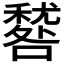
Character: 𥢑